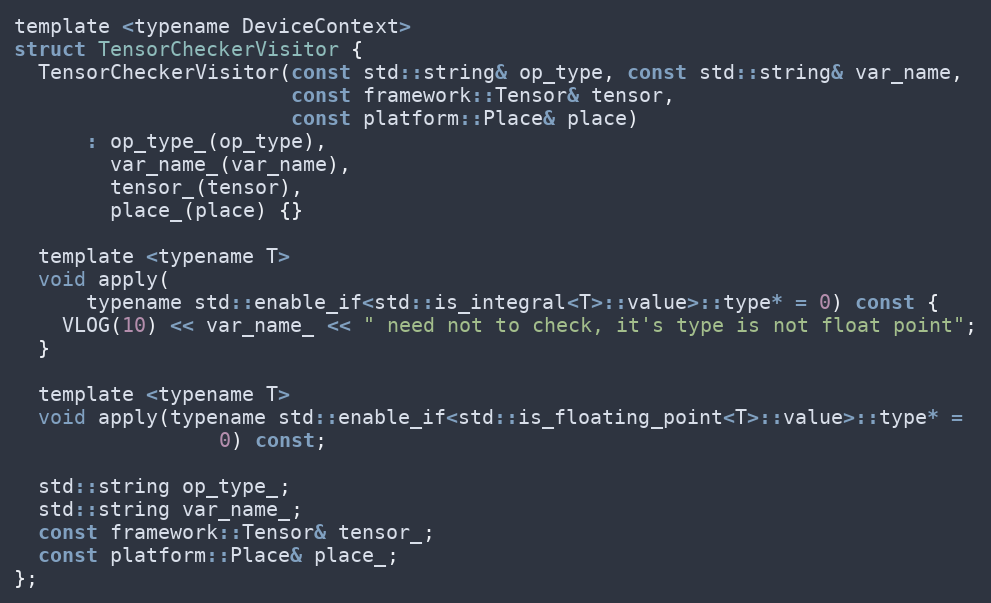
Language: C
template <typename DeviceContext>
struct TensorCheckerVisitor {
  TensorCheckerVisitor(const std::string& op_type, const std::string& var_name,
                       const framework::Tensor& tensor,
                       const platform::Place& place)
      : op_type_(op_type),
        var_name_(var_name),
        tensor_(tensor),
        place_(place) {}

  template <typename T>
  void apply(
      typename std::enable_if<std::is_integral<T>::value>::type* = 0) const {
    VLOG(10) << var_name_ << " need not to check, it's type is not float point";
  }

  template <typename T>
  void apply(typename std::enable_if<std::is_floating_point<T>::value>::type* =
                 0) const;

  std::string op_type_;
  std::string var_name_;
  const framework::Tensor& tensor_;
  const platform::Place& place_;
};